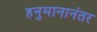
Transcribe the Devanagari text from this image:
हनुमानानंतर